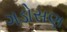
ગડોસણ